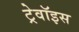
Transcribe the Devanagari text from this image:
ट्रेवॉइस